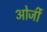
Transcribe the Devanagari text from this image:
ओर्जी